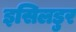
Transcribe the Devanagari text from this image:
इसिलडुर